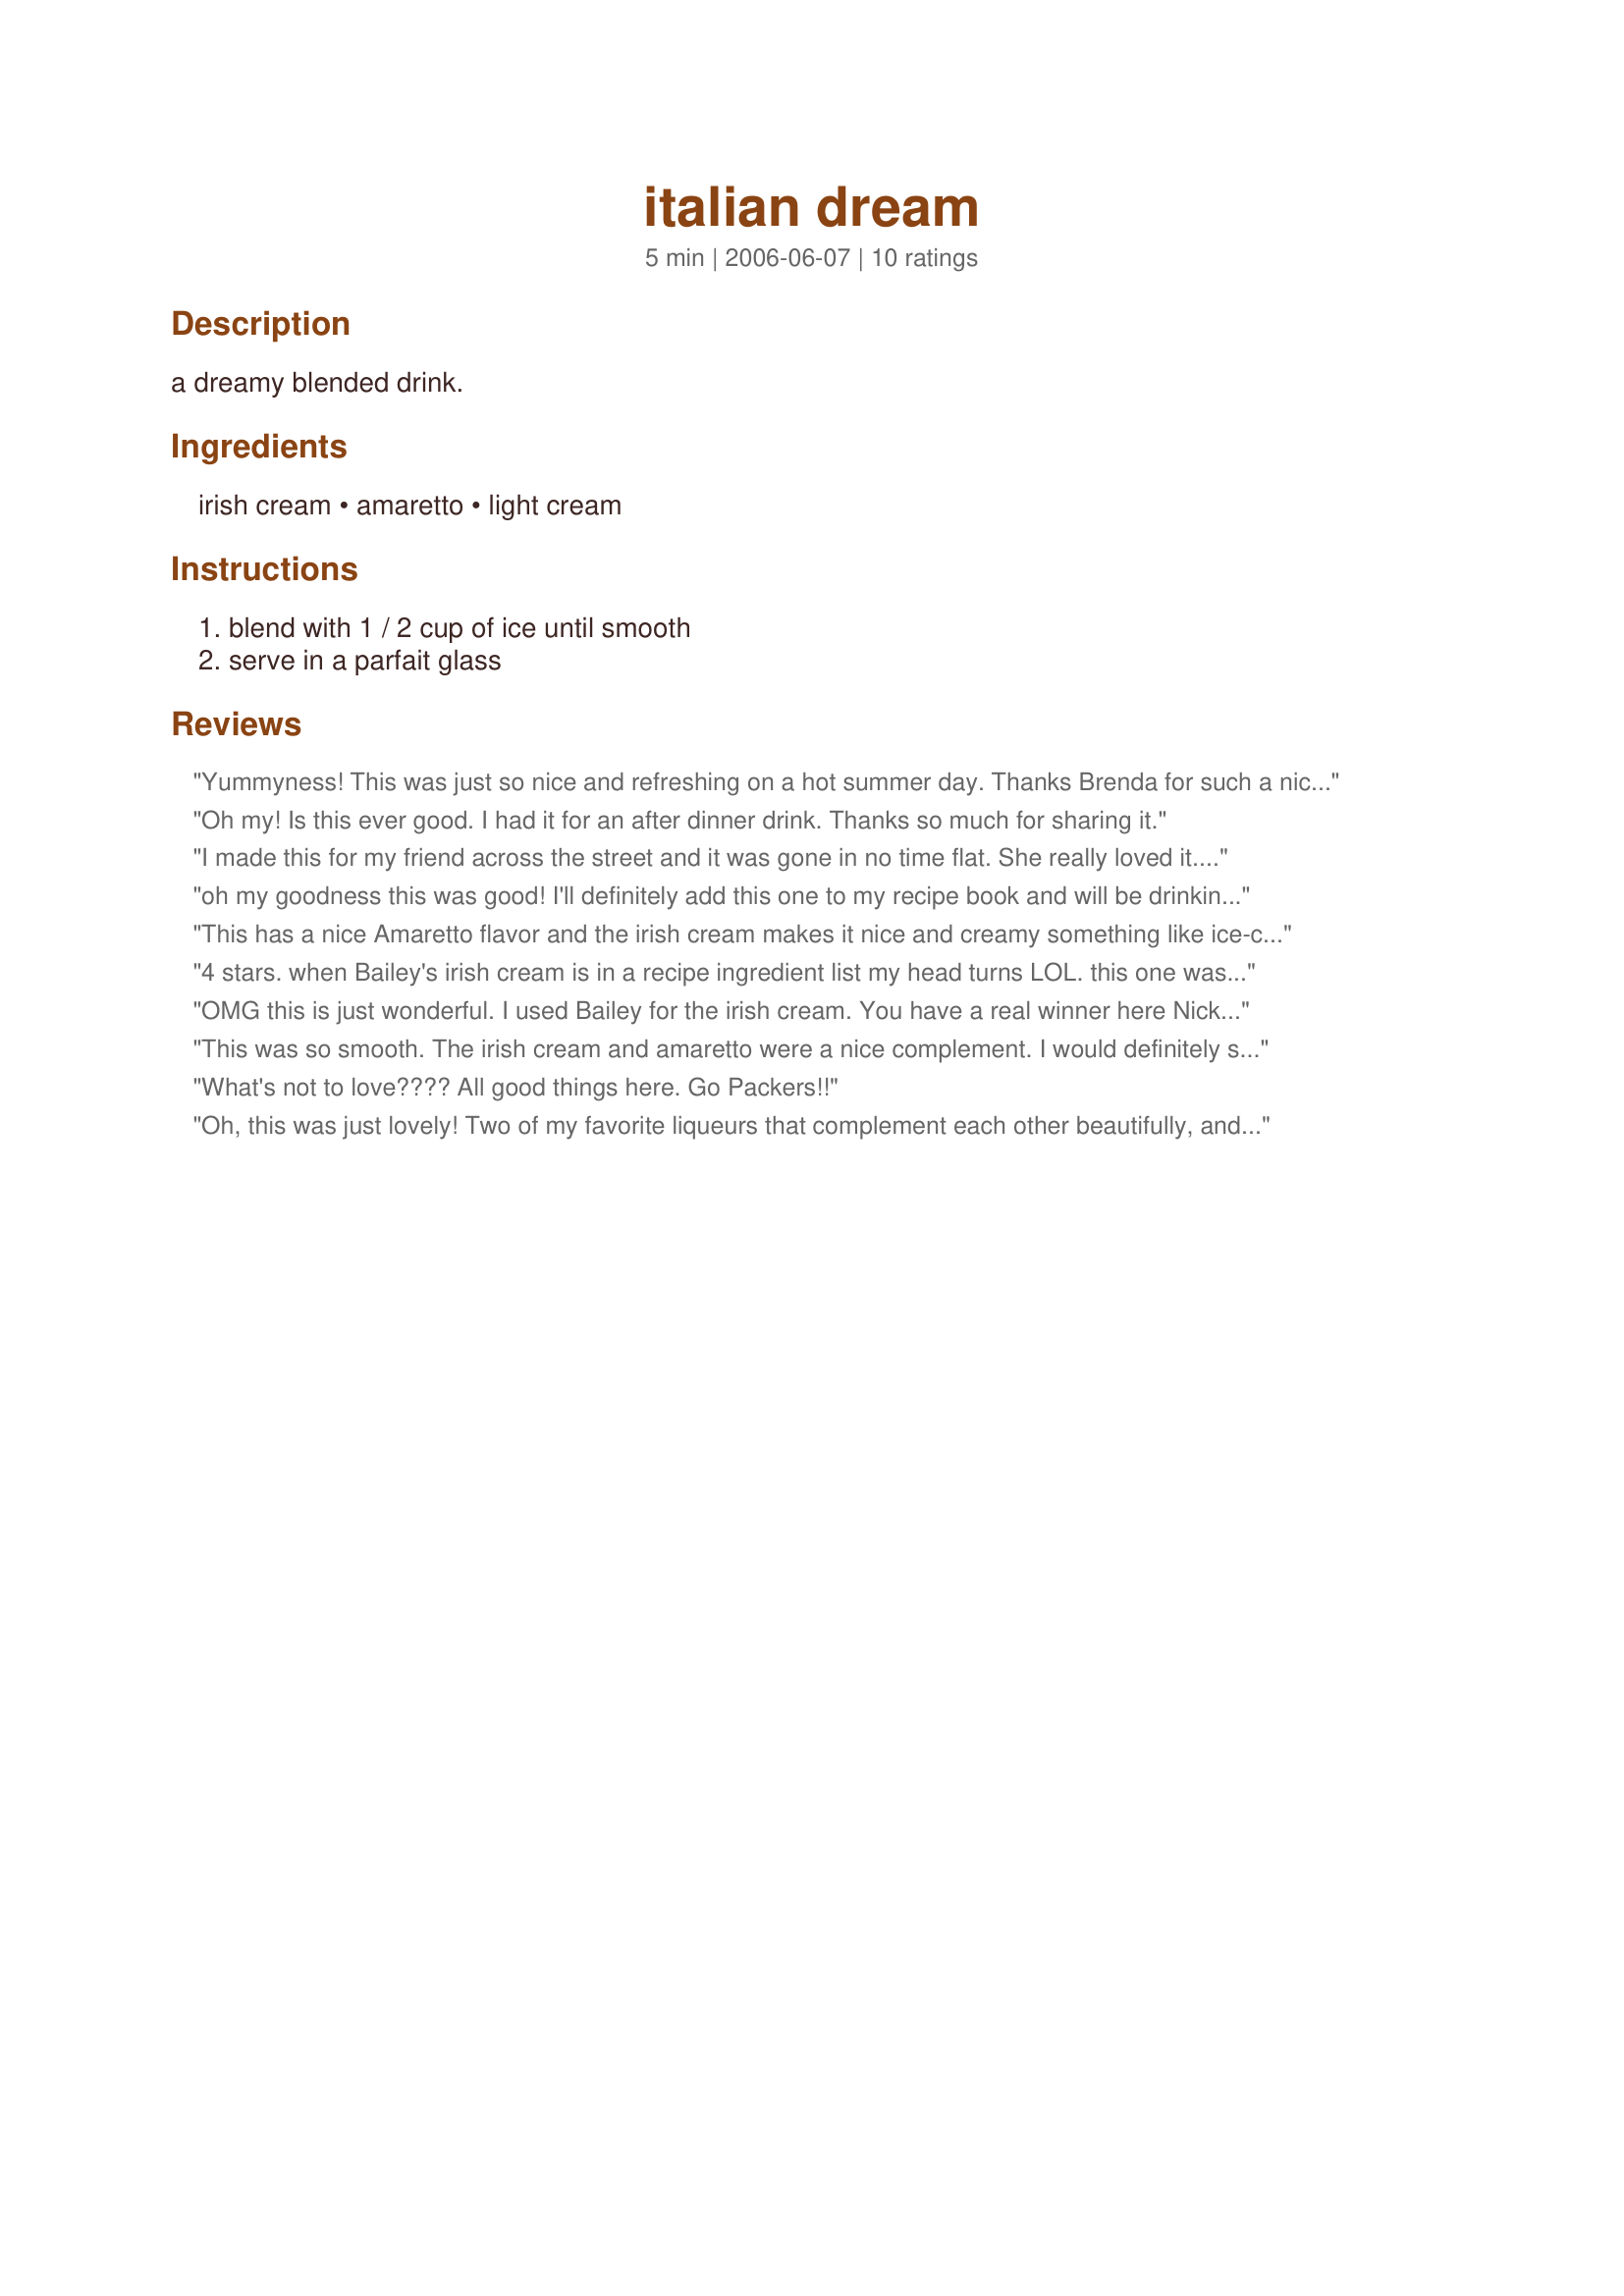
italian dream
Preparation time: 5 minutes

a dreamy blended drink.

Ingredients:
irish cream, amaretto, light cream

Steps:
blend with 1 / 2 cup of ice until smooth, serve in a parfait glass

Reviews:
Yummyness! This was just so nice and refreshing on a hot summer day. Thanks Brenda for such a nice treat. Made for ZWT7 for the Emerald City Shakers.
Oh my! Is this ever good. I had it for an after dinner drink. Thanks so much for sharing it.
I made this for my friend across the street and it was gone in no time flat. She really loved it. Put a smile on her face and that is five stars as far as I am concerned. Made for my Babes for ZWT4.
oh my goodness this was good! I'll definitely add this one to my recipe book and will be drinking it again. I might have to try it with milk since I don't always have cream on hand...
This has a nice Amaretto flavor and the irish cream makes it nice and creamy something like ice-cream. I used non-fat 1/2 and 1/2 and it worked perfectly! Thank you Nick's mom!
4 stars. when Bailey's irish cream is in a recipe ingredient list my head turns LOL. this one was no disappointment at all... smooth smooth smooth. What's left I say except : "may I have another one please bartender?" Made for Zaar World Tour 2008. Thanks!
OMG this is just wonderful. I used Bailey for the irish cream. You have a real winner here Nick's Mom. Thanks so much.
This was so smooth. The irish cream and amaretto were a nice complement. I would definitely serve this to company and have added it to my New Year's Eve meny.
What's not to love???? All good things here. Go Packers!!
Oh, this was just lovely! Two of my favorite liqueurs that complement each other beautifully, and the blended iciness only makes it better. Thanks for posting! Made for the Emerald City Shakers for ZWT7
